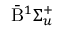
\bar { \mathrm { B } } ^ { 1 } \Sigma _ { u } ^ { + }